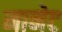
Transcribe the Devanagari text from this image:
नानेट